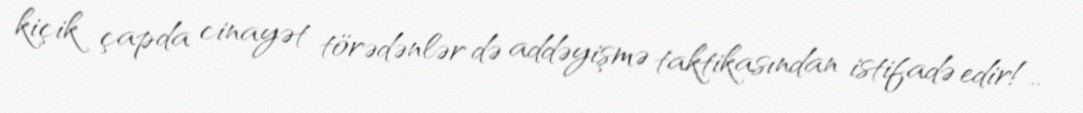
kiçik çapda cinayət törədənlər də addəyişmə taktikasından istifadə edir!..